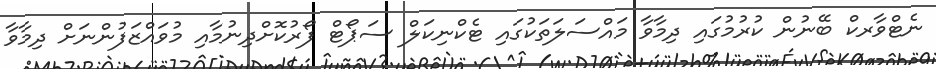
ނެޓްވާރކް ބޭނުން ކުރުމުގައި ދިމާވާ މައްސަލަތަކުގައި ޓެކްނިކަލް ސަޕޯޓް ފޯރުކޮށްދިނުމާއި މުވައްޒަފުންނަށް ދިމާވާ